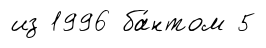
из 1996 ба́нтом 5